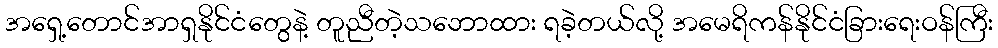
အရှေ့တောင်အာရှနိုင်ငံတွေနဲ့ တူညီတဲ့သဘောထား ရခဲ့တယ်လို့ အမေရိကန်နိုင်ငံခြားရေးဝန်ကြီး